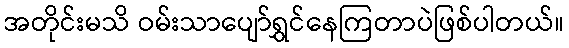
အတိုင်းမသိ ဝမ်းသာပျော်ရွှင်နေကြတာပဲဖြစ်ပါတယ်။